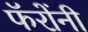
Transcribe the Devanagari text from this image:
फॅरोंनी